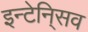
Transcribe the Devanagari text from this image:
इन्टेनि्सव